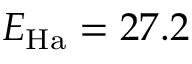
E _ { \mathrm { H a } } = 2 7 . 2